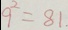
9 ^ { 2 } = 8 1